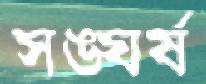
সঙ্ঘর্ষ